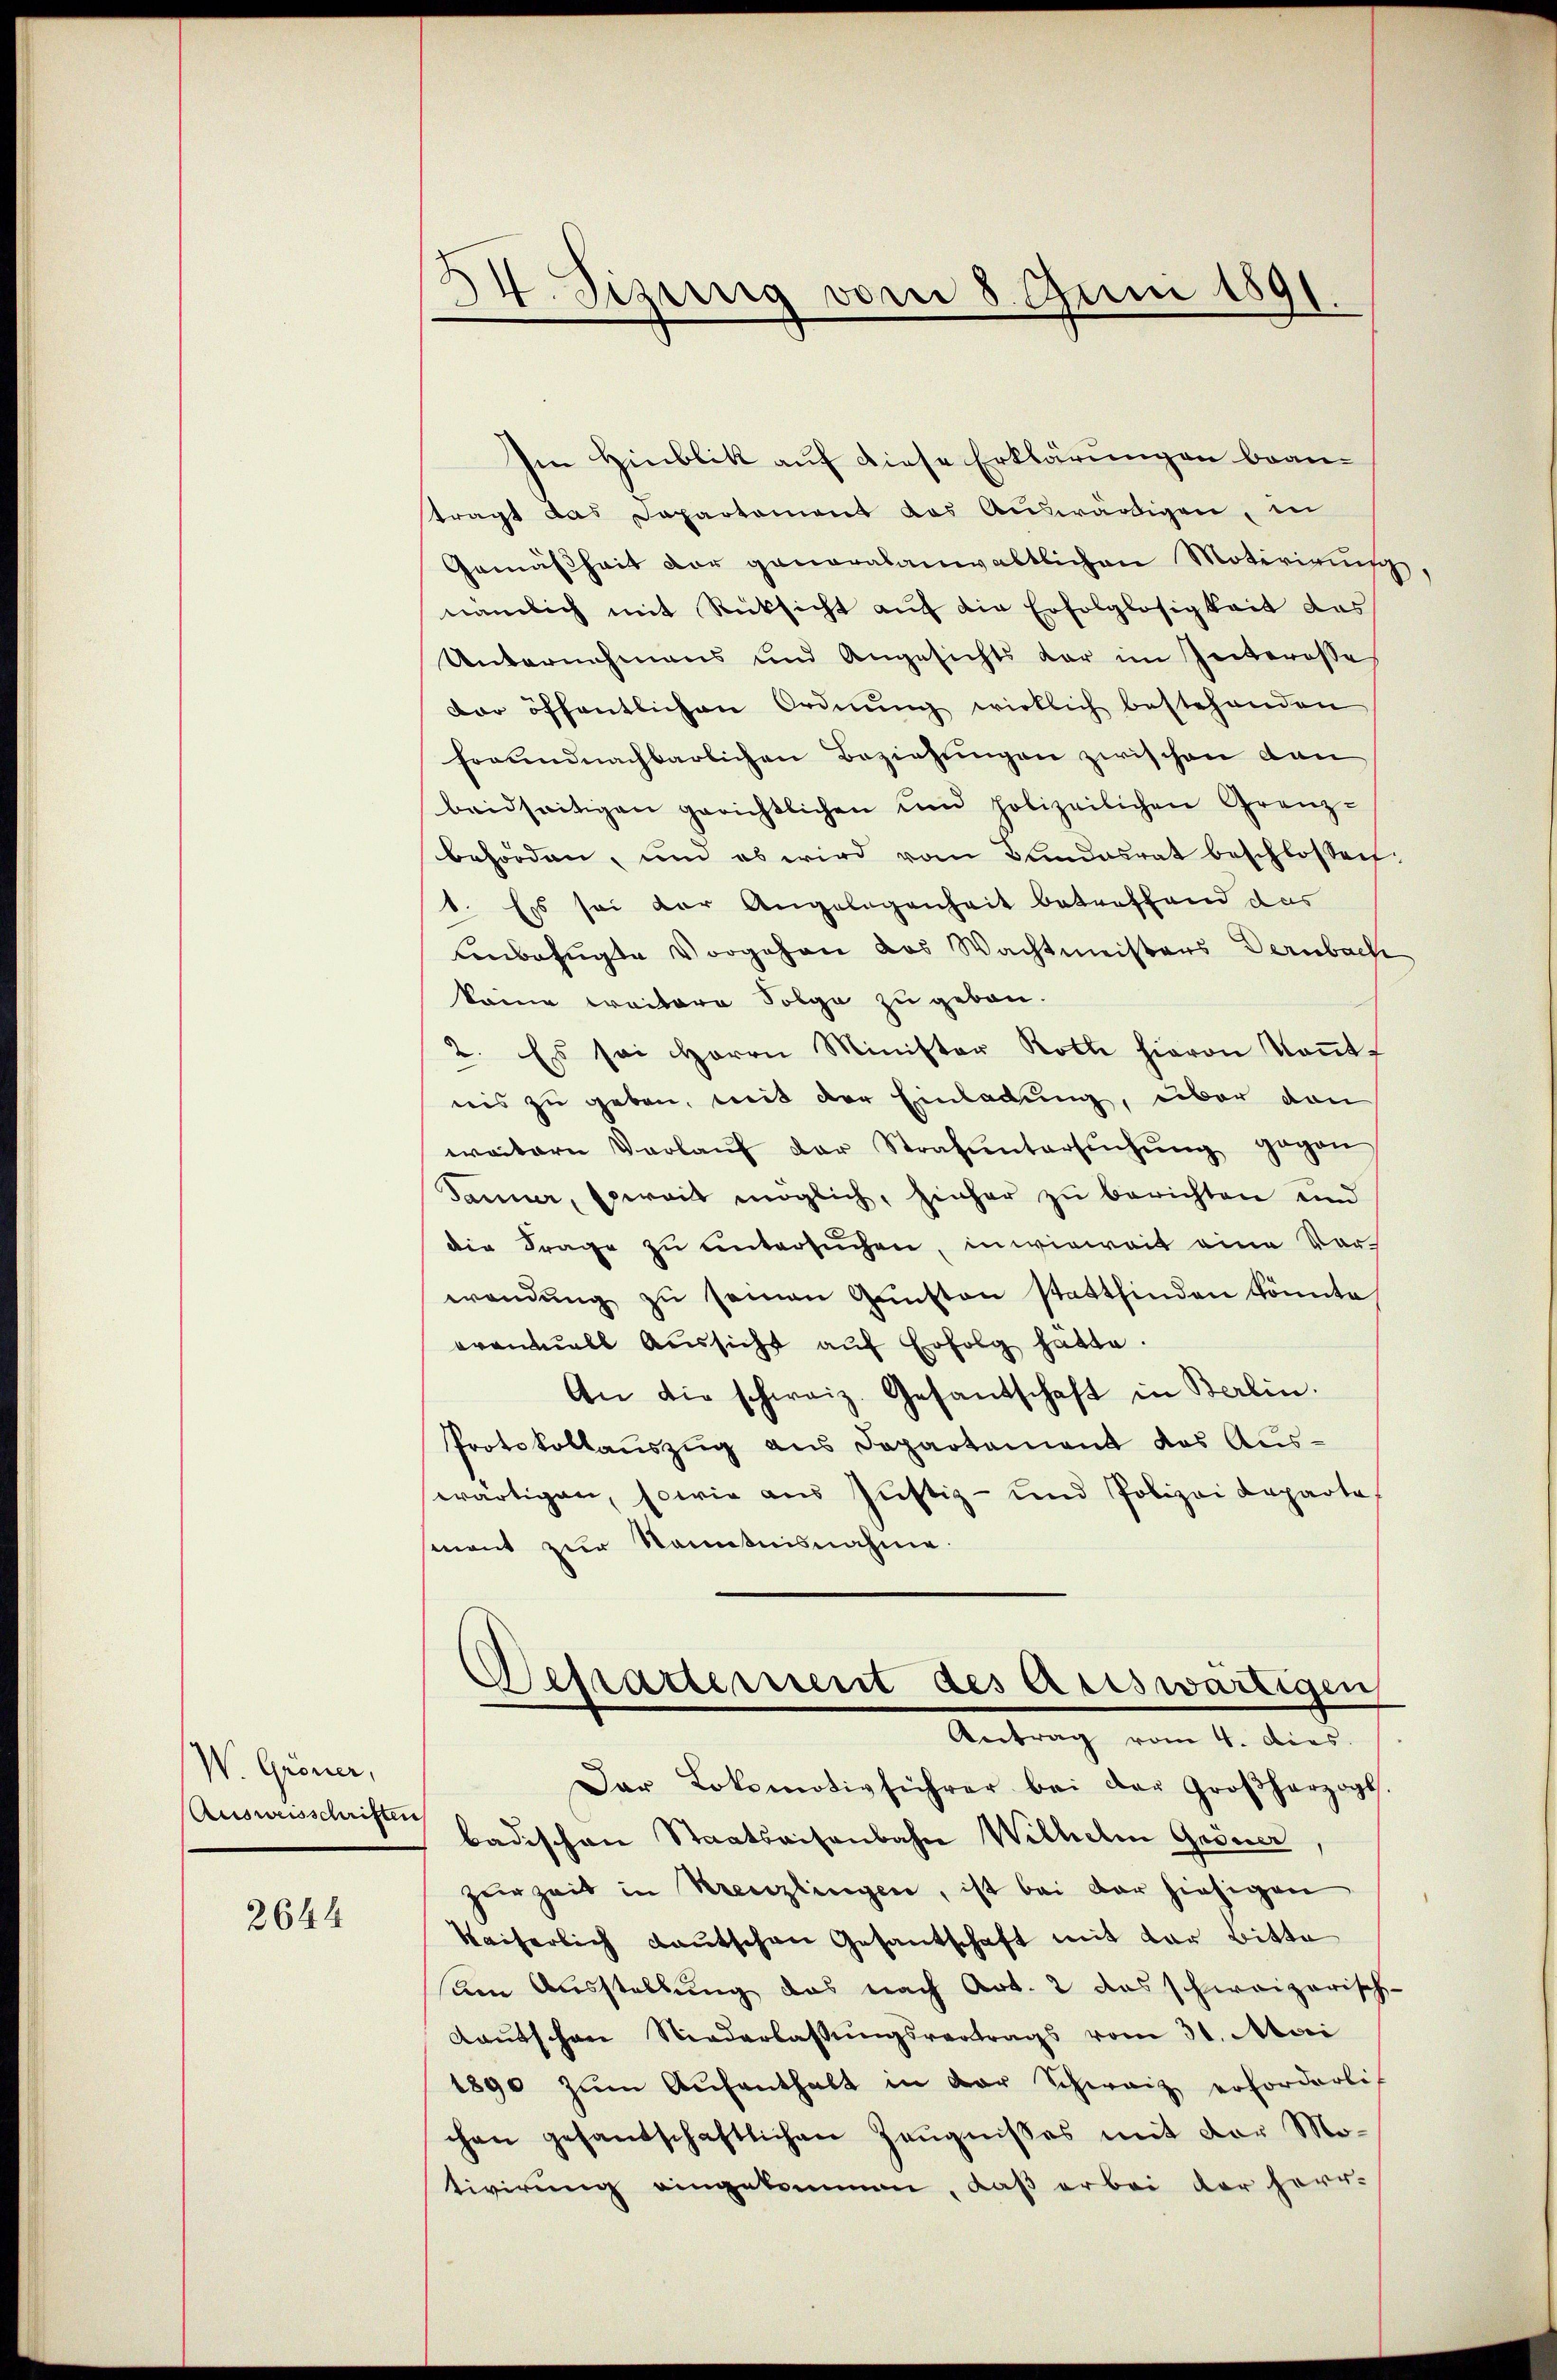
W. Gröner,
Ausweisschriften

2644

14. Sizung vom 8. Juni 1891.

Im Hinblik auf diese Erklärungen bean-
tragt das Dapartement das Auswärtigen, in
Gemäßheit der gemoralanwaltlichen Motivirun
nämlich mit Rücksicht auf die Erfolglosigkeit das
Unternehmens und Angesichts dar im Interesse
der öffentlichen Ordnŭng wirklich bestehenden
forundnachbarlichen Beziehungen zwischen dan
beidseitigen gerichtlichen und polizeilichen Grenz-
behörden, und ob wird vom Bundesrat beschlossen:
1. Es sei der Angelegenheit betreffend das
Unbefugte Vorgehen das Wachtmeisters Dernbach
keine weitere Folge zu geben.
2. Es sei Herrn Minister Roth hievon Kant
nis zu geben, mit der Einladung, über den
weitern Verlaŭf der Strafŭntersŭchŭng gegen
Janer, soweit möglich, sieher zu berichten und
die Frage zu untersuchen, inwieweit eine Vor-
wendŭng zŭ seinen Gŭnsten stattfinden könnte
evantals Aussicht auf Erfolg hatte.
An die schweiz. Gesandschaft in Berlin.
Protokollauszug aus Departement des Aus-
wärtigen, sowie aus Justiz- und Polizei Departe
sment zur Kenntnisnahme.
Bestattement des Ariswärtigen
Antrag vom 4. dies
Dar Lokomotivführer bei der Großherzogl.
badischen Staatsaisenbahn Wilhelm Gröner
zerzeit in Kreuzlingen, ist bei der hiesigen
Kaiserlich Kautschen Gesantschaft mit der Bitte
sen Ausstellung das nach Art. 2 das schweizerisch-
Kaŭtschen Niederlassŭngsvertrags vom 31. Mai
1890 zŭm Aŭfenthalt in vor Schwarz erforderli
chen gesantschaftlichen Zeugnisses mit der Mo-
tivirung eingekommen, daß er bei der herr-